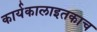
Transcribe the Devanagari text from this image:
कार्यकालाइतकाच